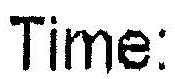
TIME: